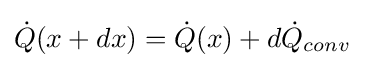
{\dot {Q}}(x+dx)={\dot {Q}}(x)+d{\dot {Q}}_{conv}